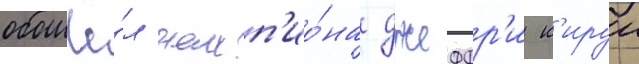
обошё́л чемп'ио́на джеффр'и к'ируи